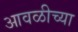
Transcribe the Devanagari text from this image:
आवळीच्या